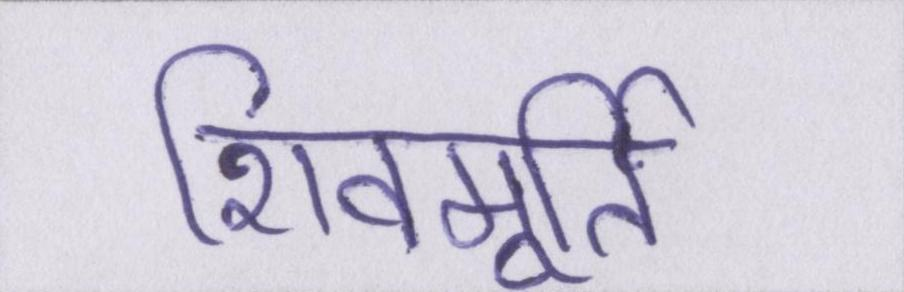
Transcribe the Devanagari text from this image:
शिवमूर्ति